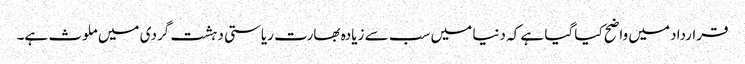
قرارداد میں واضح کیا گیا ہے کہ دنیا میں سب سے زیادہ بھارت ریاستی دہشت گردی میں ملوث ہے۔